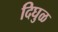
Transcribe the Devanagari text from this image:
दिघुळ